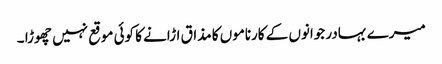
میرے بہادر جوانوں کے کارناموں کا مذاق اڑانے کا کوئی موقع نہیں چھوڑا ۔